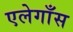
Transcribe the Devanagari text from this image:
एलेगाँस